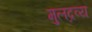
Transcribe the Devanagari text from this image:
मुलद्रव्य